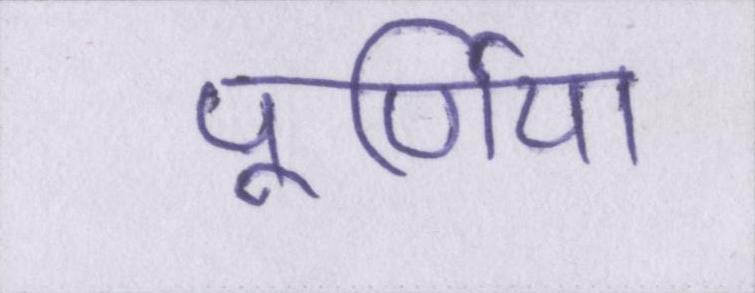
पूर्णिया